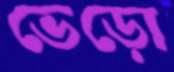
ভেড়ো